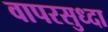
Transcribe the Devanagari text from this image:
वापरसुध्दा